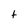
Character: t